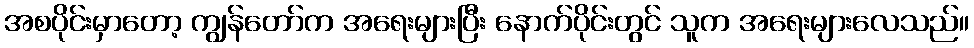
အစပိုင်းမှာတော့ ကျွန်တော်က အရေးများပြီး နောက်ပိုင်းတွင် သူက အရေးများလေသည်။